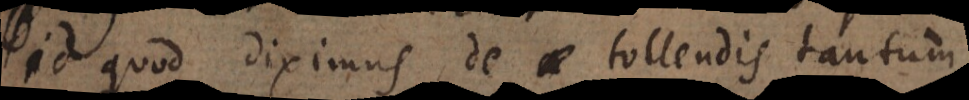
id quod diximus de tollendis tantum